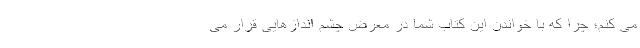
می کنم؛ چرا که با خواندن این کتاب شما در معرض چشم اندازهایی قرار می